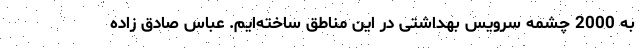
به 2000 چشمه سرویس بهداشتی در این مناطق ساخته‌ایم. عباس صادق زاده